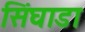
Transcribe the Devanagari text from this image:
सिंघाडा